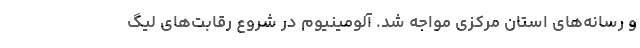
و رسانه‌های استان مرکزی مواجه شد. آلومینیوم در شروع رقابت‌های لیگ